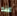
عند